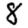
Digit: 8